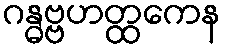
ဂန္ဓဗ္ဗဟတ္ထကေန